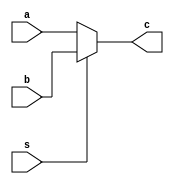
////////////////////////////////////////////////////////////////////////////////
//
// Arrive Technologies
//
// Description  : .
//
// History (Date, Changed By)
//
////////////////////////////////////////////////////////////////////////////////

module mux
    (
     a,
     b,
     s,
     c
     );

////////////////////////////////////////////////////////////////////////////////
// Parameter declarations

parameter WIDTH = 1;

////////////////////////////////////////////////////////////////////////////////
// Port declarations

////////////////////////////////////////////////////////////////////////////////
// Output declarations

input     s;
input [WIDTH-1:0] a,b;

output [WIDTH-1:0] c;

////////////////////////////////////////////////////////////////////////////////
// Local logic and instantiation

assign             c = s?b:a;

endmodule